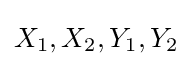
X_{1},X_{2},Y_{1},Y_{2}